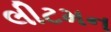
લીટમન